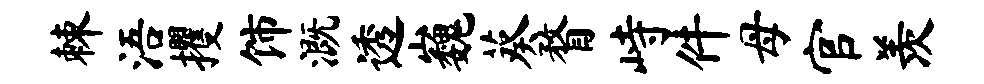
棘浯攫饰溉透巍葵瞀峙件母官羡